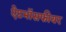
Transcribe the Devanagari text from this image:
ऐटमॉसफीयर